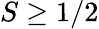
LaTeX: S\geq 1/2